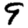
Digit: 9